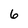
Character: 6